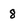
Character: 8